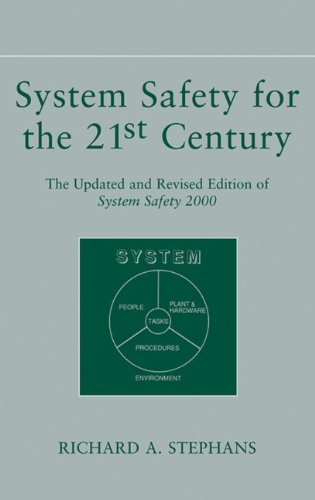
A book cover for System Safety for the 21st Century: The Updated and Revised Edition of System Safety 2000; Richard A. Stephans; Science & Math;